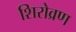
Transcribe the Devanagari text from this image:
शिरोव्रण